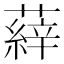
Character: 𮑝